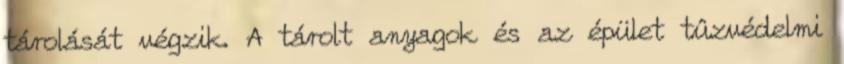
tárolását végzik. A tárolt anyagok és az épület tûzvédelmi